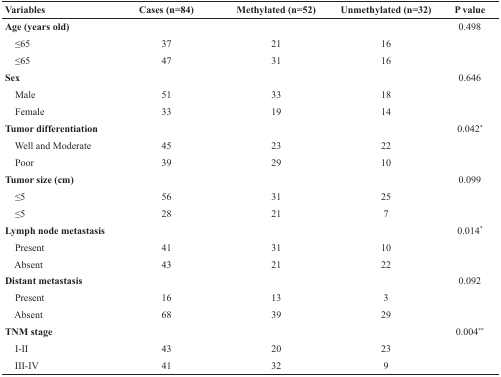
<table><thead><tr><td><b>Variables</b></td><td><b>Cases (n=84)</b></td><td><b>Methylated (n=52)</b></td><td><b>Unmethylated (n=32)</b></td><td><b>P value</b></td></tr></thead><tbody><tr><td><b>Age (years old)</b></td><td></td><td></td><td></td><td>0.498</td></tr><tr><td> ≤65</td><td>37</td><td>21</td><td>16</td><td></td></tr><tr><td> ≤65</td><td>47</td><td>31</td><td>16</td><td></td></tr><tr><td><b>Sex</b></td><td></td><td></td><td></td><td>0.646</td></tr><tr><td> Male</td><td>51</td><td>33</td><td>18</td><td></td></tr><tr><td> Female</td><td>33</td><td>19</td><td>14</td><td></td></tr><tr><td><b>Tumor differentiation</b></td><td></td><td></td><td></td><td>0.042<sup>*</sup></td></tr><tr><td> Well and Moderate</td><td>45</td><td>23</td><td>22</td><td></td></tr><tr><td> Poor</td><td>39</td><td>29</td><td>10</td><td></td></tr><tr><td><b>Tumor size (cm)</b></td><td></td><td></td><td></td><td>0.099</td></tr><tr><td> ≤5</td><td>56</td><td>31</td><td>25</td><td></td></tr><tr><td> ≤5</td><td>28</td><td>21</td><td>7</td><td></td></tr><tr><td><b>Lymph node metastasis</b></td><td></td><td></td><td></td><td>0.014<sup>*</sup></td></tr><tr><td> Present</td><td>41</td><td>31</td><td>10</td><td></td></tr><tr><td> Absent</td><td>43</td><td>21</td><td>22</td><td></td></tr><tr><td><b>Distant metastasis</b></td><td></td><td></td><td></td><td>0.092</td></tr><tr><td> Present</td><td>16</td><td>13</td><td>3</td><td></td></tr><tr><td> Absent</td><td>68</td><td>39</td><td>29</td><td></td></tr><tr><td><b>TNM stage</b></td><td></td><td></td><td></td><td>0.004<sup>**</sup></td></tr><tr><td> I-II</td><td>43</td><td>20</td><td>23</td><td></td></tr><tr><td> III-IV</td><td>41</td><td>32</td><td>9</td><td></td></tr></tbody></table>